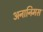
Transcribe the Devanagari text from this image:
अनानिमस